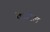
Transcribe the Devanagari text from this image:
फेडरेल